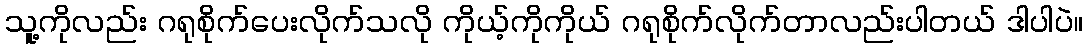
သူ့ကိုလည်း ဂရုစိုက်ပေးလိုက်သလို ကိုယ့်ကိုကိုယ် ဂရုစိုက်လိုက်တာလည်းပါတယ် ဒါပါပဲ။